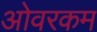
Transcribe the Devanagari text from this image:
ओवरकम